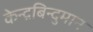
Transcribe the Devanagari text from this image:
केन्द्रबिन्दुमान